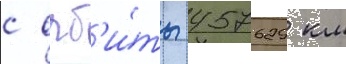
с орб'и́ты 457629 км